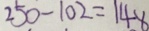
2 5 0 - 1 0 2 = 1 4 8